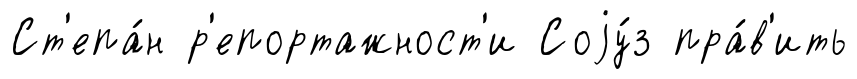
Ст'епа́н р'епортажност'и Соjу́з пра́в'ить